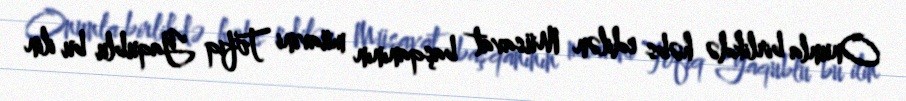
Onunla birlikdə həbs edilən Müsavat başqanının müavini Tofiq Yaqublu bu ilin